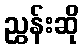
ညွှန်းဆို